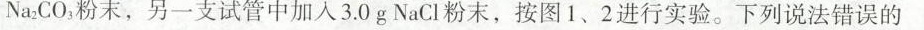
Na_{2}CO_{3}粉末，另一支试管中加入3.0gNaCl粉末，按图1、2进行实验。下列说法错误的